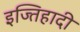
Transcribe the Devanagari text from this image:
इज्तिहादी